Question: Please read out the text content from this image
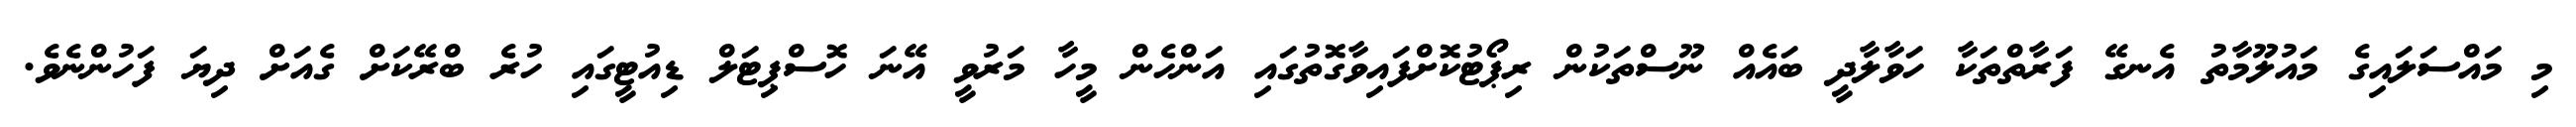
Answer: މި މައްސަލައިގެ މައުލޫމާތު އެނގޭ ފަރާތްތަކާ ހަވާލާދީ ބައެއް ނޫސްތަކުން ރިޕޯޓުކޮށްފައިވާގޮތުގައި އަންހެން މީހާ މަރުވީ އޭނަ ހޮސްޕިޓަލް ޑިއުޓީގައި ހުރެ ބްރޭކަށް ގެއަށް ދިޔަ ފަހުންނެވެ.